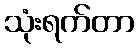
သုံးရက်တာ